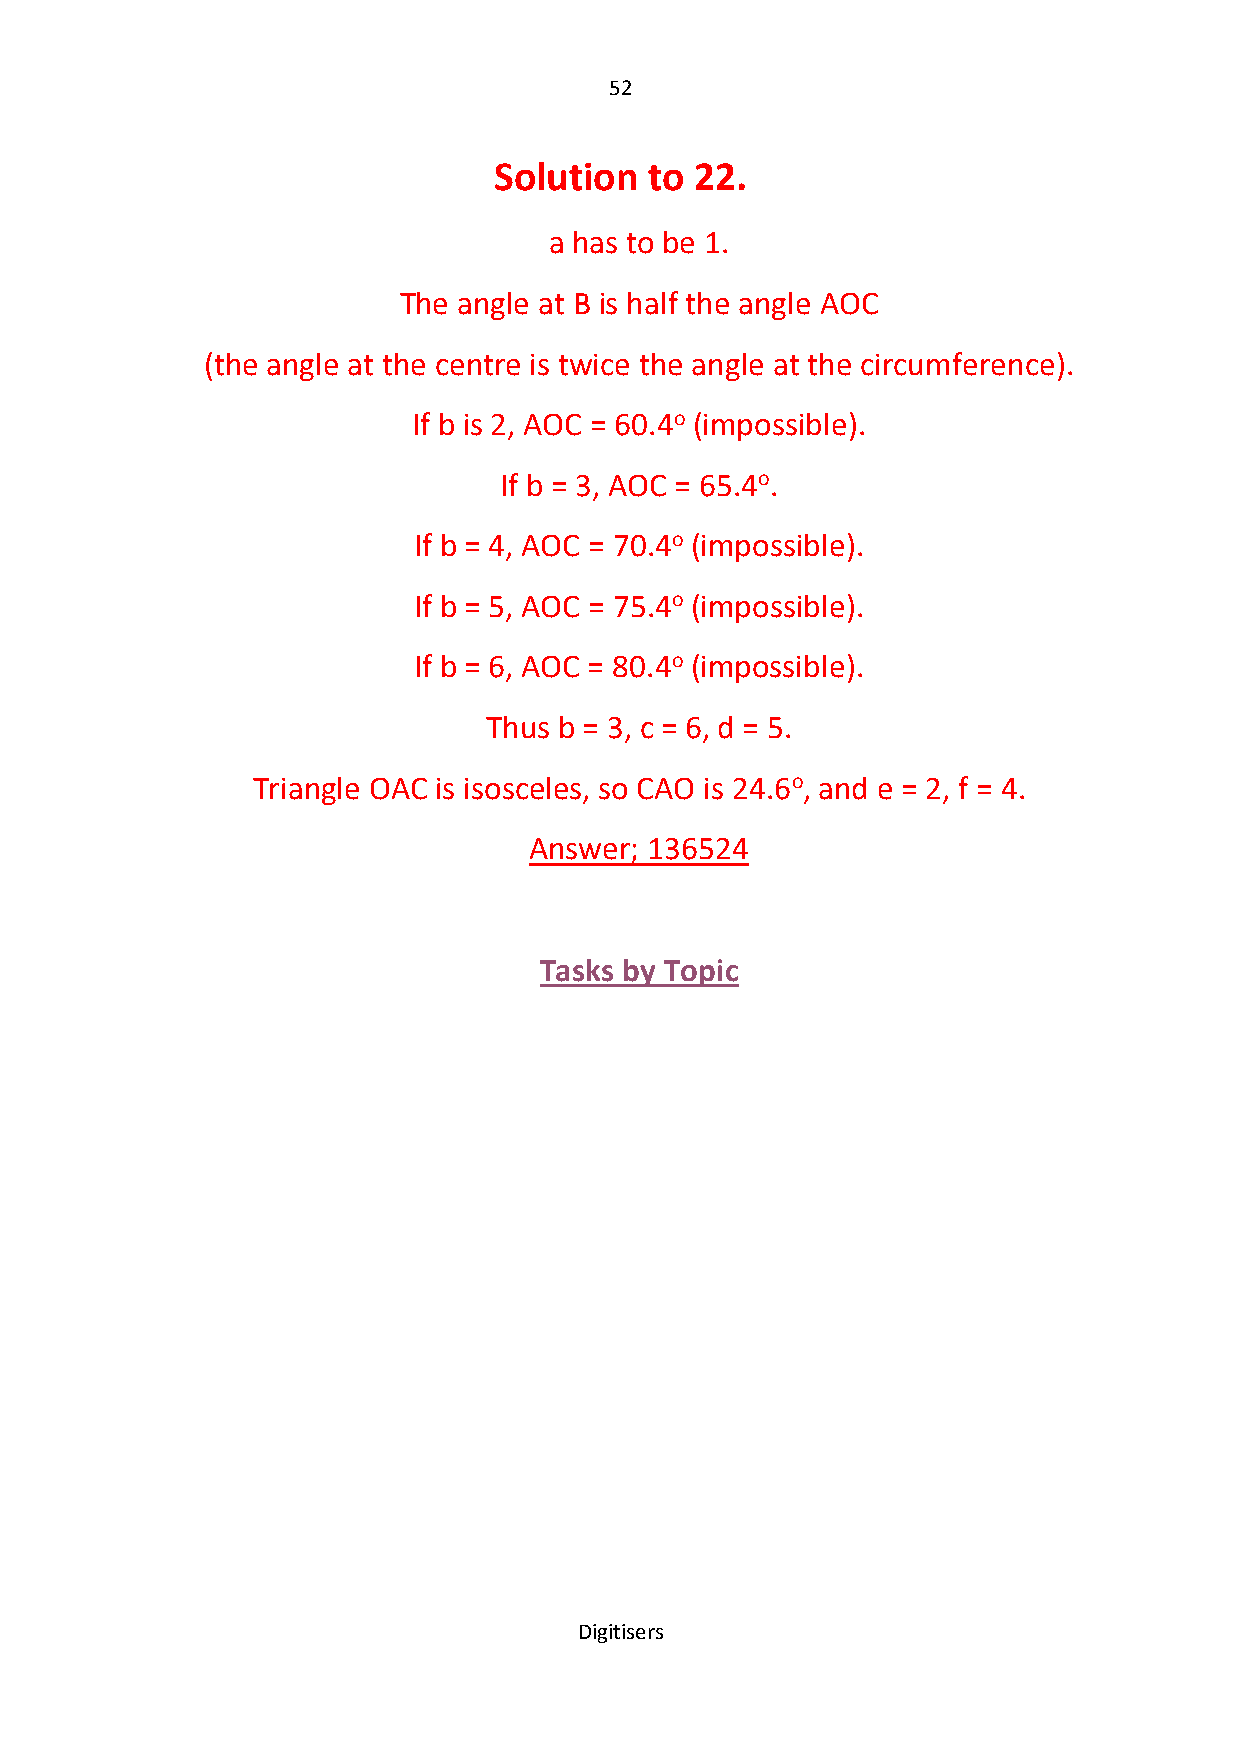
52
 Solution  to 22.
 a has to be 1.
 The angle at B is half the angle AOC
 (the angle at the centre is twice the angle at the circumference).
 If b is 2, AOC = 60.4o (impossible).
 If b = 3, AOC = 65.4o.
 If b = 4, AOC = 70.4o (impossible).
 If b = 5, AOC = 75.4o (impossible).
 If b = 6, AOC = 80.4o (impossible).
 Thus b = 3, c = 6, d = 5.
 Triangle OAC is isosceles, so CAO is 24.6o, and e = 2, f = 4.
 Answer; 136524
 Tasks by Topic
 Digitisers